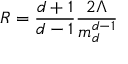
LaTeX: R = \frac { d + 1 } { d - 1 } \frac { 2 \Lambda } { m _ { d } ^ { d - 1 } }